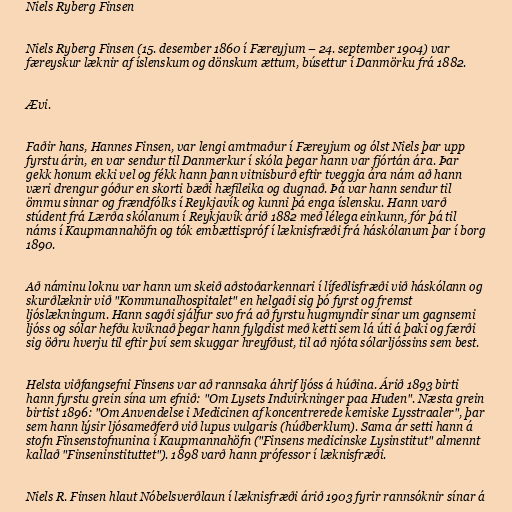
Niels Ryberg Finsen

Niels Ryberg Finsen (15. desember 1860 í Færeyjum – 24. september 1904) var
færeyskur læknir af íslenskum og dönskum ættum, búsettur í Danmörku frá 1882.

Ævi.

Faðir hans, Hannes Finsen, var lengi amtmaður í Færeyjum og ólst Niels þar upp
fyrstu árin, en var sendur til Danmerkur í skóla þegar hann var fjórtán ára. Þar
gekk honum ekki vel og fékk hann þann vitnisburð eftir tveggja ára nám að hann
væri drengur góður en skorti bæði hæfileika og dugnað. Þá var hann sendur til
ömmu sinnar og frændfólks í Reykjavík og kunni þá enga íslensku. Hann varð
stúdent frá Lærða skólanum í Reykjavík árið 1882 með lélega einkunn, fór þá til
náms í Kaupmannahöfn og tók embættispróf í læknisfræði frá háskólanum þar í borg
1890.

Að náminu loknu var hann um skeið aðstoðarkennari í lífeðlisfræði við háskólann og
skurðlæknir við "Kommunalhospitalet" en helgaði sig þó fyrst og fremst
ljóslækningum. Hann sagði sjálfur svo frá að fyrstu hugmyndir sínar um gagnsemi
ljóss og sólar hefðu kviknað þegar hann fylgdist með ketti sem lá úti á þaki og færði
sig öðru hverju til eftir því sem skuggar hreyfðust, til að njóta sólarljóssins sem best.

Helsta viðfangsefni Finsens var að rannsaka áhrif ljóss á húðina. Árið 1893 birti
hann fyrstu grein sína um efnið: "Om Lysets Indvirkninger paa Huden". Næsta grein
birtist 1896: "Om Anvendelse i Medicinen af koncentrerede kemiske Lysstraaler", þar
sem hann lýsir ljósameðferð við lupus vulgaris (húðberklum). Sama ár setti hann á
stofn Finsenstofnunina í Kaupmannahöfn ("Finsens medicinske Lysinstitut" almennt
kallað "Finseninstituttet"). 1898 varð hann prófessor í læknisfræði.

Niels R. Finsen hlaut Nóbelsverðlaun í læknisfræði árið 1903 fyrir rannsóknir sínar á